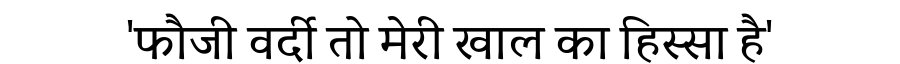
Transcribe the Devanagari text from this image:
'फौजी वर्दी तो मेरी खाल का हिस्सा है'